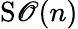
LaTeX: \operatorname{S\mathscr{O}}(n)